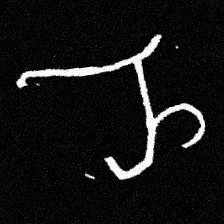
Pyu character \u2014 Myanmar letter: ည (romanized: nya)